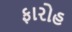
ફારોહ